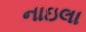
નાઇલા